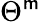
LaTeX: \Theta^{\mathsf{m}}